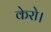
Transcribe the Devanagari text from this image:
केरो।